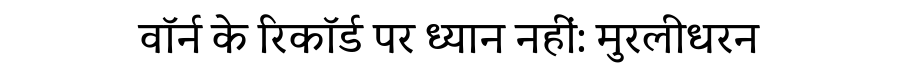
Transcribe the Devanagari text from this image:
वॉर्न के रिकॉर्ड पर ध्यान नहीं: मुरलीधरन